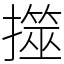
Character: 𢶅